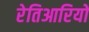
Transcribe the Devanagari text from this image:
रेतिआरियों